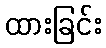
ထားခြင်း